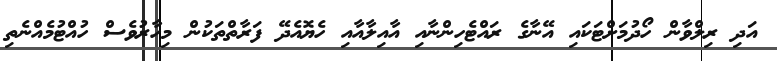
އަދި ރިލްވާން ހޯދުމަށްޓަކައި އޭނާގެ ރައްޓެހިންނާއި އާއިލާއާއި ހެޔޮއެދޭ ފަރާތްތަކުން މިހާރުވެސް ހުއްޓުމެއްނެތި